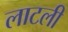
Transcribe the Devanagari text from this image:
लाटली